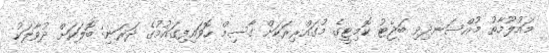
މައުލޫމާތު މުއްސަނދިވި ބަޖެޓު ކޮމިޓީގެ މުގައްރިރަކަށް ގާސިމް ހޮވައިފިގައުމުގެ ދަރަނި: ބޮލަކަށް ދުވާލަކު